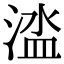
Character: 𣹉